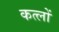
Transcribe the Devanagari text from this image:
कत्लों